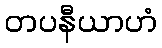
တပနီယာဟံ